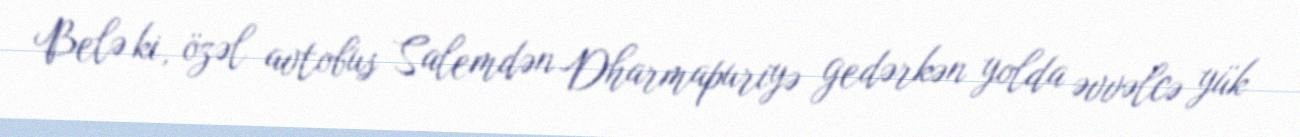
Belə ki, özəl avtobus Salemdən Dharmapuriyə gedərkən yolda əvvəlcə yük